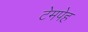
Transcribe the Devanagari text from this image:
टेमपेह